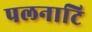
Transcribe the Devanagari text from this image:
पलनाटि